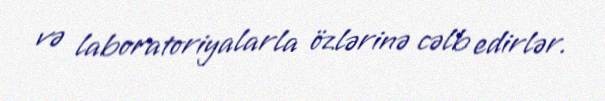
və laboratoriyalarla özlərinə cəlb edirlər.